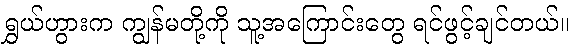
ရွှယ်ဟွားက ကျွန်မတို့ကို သူ့အကြောင်းတွေ ရင်ဖွင့်ချင်တယ်။